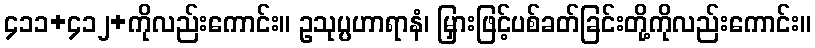
၄၁၁+၄၁၂+ကိုလည်းကောင်း။ ဥသုပ္ပဟာရာနံ၊ မြှားဖြင့်ပစ်ခတ်ခြင်းတို့ကိုလည်းကောင်း။